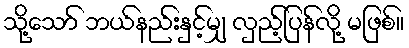
သို့သော် ဘယ်နည်းနှင့်မျှ လှည့်ပြန်လို့ မဖြစ်။